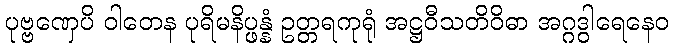
ပုဗ္ဗဏှေပိ ဝါတေန ပုရိမနိပ္ဖန္နံ ဥတ္တရကုရုံ အဋ္ဌဝီသတိဝိဓာ အဂ္ဂဒွါရေနေဝ